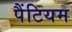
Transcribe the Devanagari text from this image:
पैंटियम